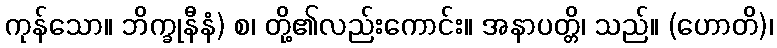
ကုန်သော။ ဘိက္ခုနီနံ) စ၊ တို့၏လည်းကောင်း။ အနာပတ္တိ၊ သည်။ (ဟောတိ)၊